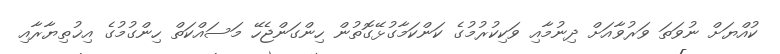
ކުއްޔަށް ނުވަތަ ވަރުވާއަށް ދިނުމާއި ވަކިކުރުމުގެ ކަންކަމާގުޅޭގޮތުން ހިންގަންޖެހޭ މަސައްކަތް ހިންގުމުގެ އިޚުތިޔާރާއި